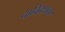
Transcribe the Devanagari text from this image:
वार्विक्शायर